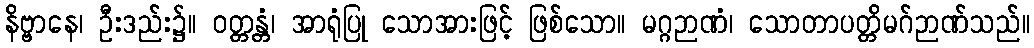
နိဗ္ဗာနေ၊ ဦးဒည်း၌။ ဝတ္တန္တံ၊ အာရုံပြု သောအားဖြင့် ဖြစ်သော။ မဂ္ဂဉာဏံ၊ သောတာပတ္တိမဂ်ဉာဏ်သည်။